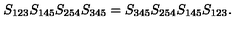
S _ { 1 2 3 } S _ { 1 4 5 } S _ { 2 5 4 } S _ { 3 4 5 } = S _ { 3 4 5 } S _ { 2 5 4 } S _ { 1 4 5 } S _ { 1 2 3 } .